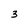
Character: 3